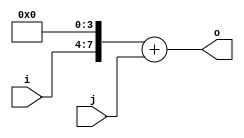
module opt_expr_add_test(input [3:0] i, input [7:0] j, output [8:0] o);
    assign o = (i << 4) + j;
endmodule